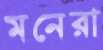
মনেরা